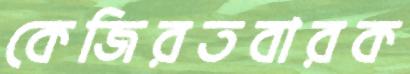
কেজিরতবারক